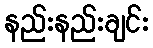
နည်းနည်းချင်း